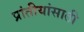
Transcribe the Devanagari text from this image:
प्रांतीयांसाठी